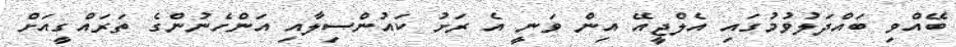
ބޭއްވި ބައްދަލުވުމުގައި އެލްޖީއޭ އިން ވަނީ އެ ރަށު ކައުންސިލާއި އަންހެނުންގެ ތަރައްގީއަށް